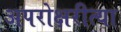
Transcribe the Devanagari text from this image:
अपरोक्षरीत्या